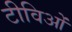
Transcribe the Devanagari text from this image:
टीविओं